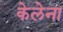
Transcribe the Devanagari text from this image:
केलेना